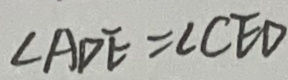
\angle A D E = \angle C E D